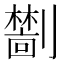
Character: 𫦜